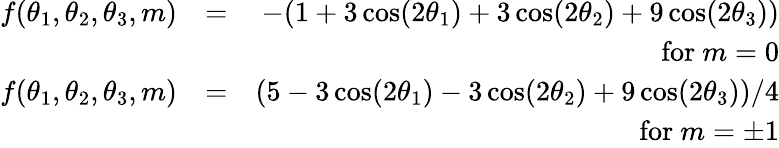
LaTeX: \begin{array}{rlr}{f(\theta_{1},\theta_{2},\theta_{3},m)}&{=}&{-(1+3\cos(2\theta_{1})+3\cos(2\theta_{2})+9\cos(2\theta_{3}))}\\ &{}&{\mathrm{for}\ m=0}\\ {f(\theta_{1},\theta_{2},\theta_{3},m)}&{=}&{(5-3\cos(2\theta_{1})-3\cos(2\theta_{2})+9\cos(2\theta_{3}))/4}\\ &{}&{\mathrm{for}\ m=\pm 1}\end{array}